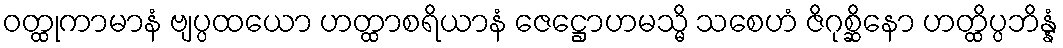
ဝတ္ထုကာမာနံ ဗျပ္ပထယော ဟတ္ထာစရိယာနံ ဇေဋ္ဌောဟမသ္မိ သစေဟံ ဇိဂုစ္ဆိနော ဟတ္ထိပ္ပဘိန္နံ